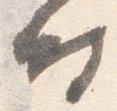
時